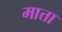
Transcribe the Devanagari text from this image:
मात्ता